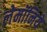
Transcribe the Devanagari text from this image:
लेमॉनिये